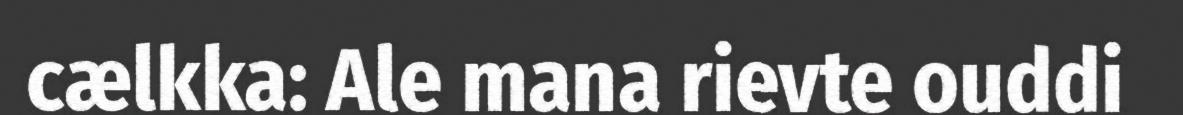
cælkka: Ale mana rievte ouddi